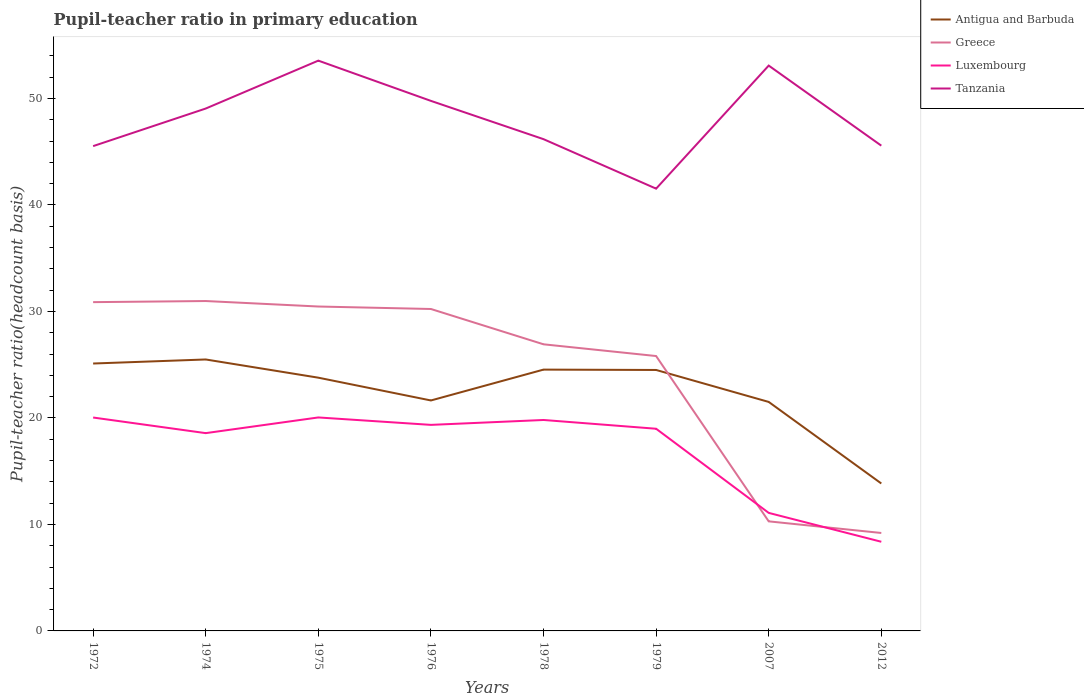
| Years | Antigua and Barbuda | Greece | Luxembourg | Tanzania |
 | --- | --- | --- | --- | --- |
 | 1972 | 25.1 | 30.9 | 20 | 45.5 |
 | 1974 | 25.5 | 31 | 18.6 | 49.1 |
 | 1975 | 23.8 | 30.5 | 20 | 53.6 |
 | 1976 | 21.6 | 30.2 | 19.3 | 49.8 |
 | 1978 | 24.5 | 26.9 | 19.8 | 46.2 |
 | 1979 | 24.5 | 25.8 | 19 | 41.5 |
 | 2007 | 21.5 | 10.3 | 11.1 | 53.1 |
 | 2012 | 13.8 | 9.2 | 8.37 | 45.6 |